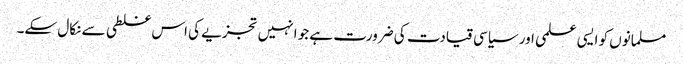
مسلمانوں کو ایسی علمی اور سیاسی قیادت کی ضرورت ہے جو انہیں تجزیے کی اس غلطی سے نکال سکے۔